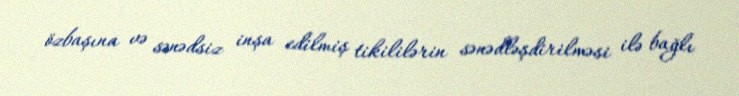
özbaşına və sənədsiz inşa edilmiş tikililərin sənədləşdirilməsi ilə bağlı